system: You are a helpful assistant.
user:
Analyze the provided spectrum to determine if it is a **White Dwarf (WD)**.

A White Dwarf spectrum is defined by its **extreme purity** (due to gravitational settling) and/or **extreme pressure broadening** (due to high surface gravity). You must check for one of the following mutually exclusive signatures:

- **Key Visual Indicators (Check for ONE of these types):**

    - **1. DA-Type Signature (Most Common):**
        - **(Primary Feature):** Extreme pressure broadening (Stark broadening) of the **Hydrogen (H) Balmer lines**.
        - **(Key Lines):** $H\beta$ (approx. $4861$ Å) and $H\gamma$ (approx. $4340$ Å). $H\alpha$ (approx. $6563$ Å) will also be present if the wavelength range covers it.
        - **(Line Profile):** This is the **defining feature**. The lines are **NOT** sharp. They appear as massive, **extremely broad and deep "troughs" or "dips"** in the spectrum, often hundreds of Ångströms wide. The continuum will appear to "scoop" down at these wavelengths.
        - **(Distinction):** Normal A-type or B-type stars have *narrow* and *sharp* Hydrogen lines. A DA White Dwarf's lines are unmistakably "smeared" or "blurry" from pressure.

    - **2. DB-Type Signature:**
        - **(Primary Feature):** Broad absorption lines from **Neutral Helium (He I)**. The spectrum must lack any visible Hydrogen lines.
        - **(Key Lines):** Look for broad absorption near $4471$ Å, $4921$ Å, and $5876$ Å.
        - **(Line Profile):** These lines are also significantly pressure-broadened, appearing much wider than they would in a normal B-type main-sequence star.

    - **3. DC-Type Signature:**
        - **(Primary Feature):** A **featureless continuous spectrum**.
        - **(Line Profile):** The spectrum is a smooth curve with **no significant absorption or emission lines**.
        - **(Key Confirmation):** The continuum is almost always **blue or white**, indicating a hot object. This signature implies the atmosphere is so pure (or so cool) that no spectral lines are visible in the optical range. Its WD identity is confirmed by its extremely low intrinsic brightness (high absolute magnitude).

    - **4. DZ-Type Signature (Metal-Polluted):**
        - **(Primary Feature):** **Isolated, narrow metal absorption lines** on an otherwise featureless (DC-like) continuum.
        - **(Key Lines):** The **Calcium (Ca II) H & K doublet** (approx. **$3934$ Å** and **$3968$ Å**) is the most common and defining feature.
        - **(Line Profile):** These lines are "out of place." They are *not* part of a "forest" of thousands of lines. This signature is evidence of recent *accretion* (pollution) from rocky debris.
        - **(Distinction):** Normal G/K/M stars have a *dense forest* of thousands of metal lines. A DZ has a *clean* continuum with *only a few* strong metal lines.

    - **5. DQ-Type Signature (Carbon-Polluted):**
        - **(Primary Feature):** Absorption bands from **Carbon (C₂ "Swan Bands" or atomic C I)**.
        - **(Key Lines - C₂):** Look for bandheads with a "saw-tooth" shape near $5635$ Å, **$5165$ Å** (strongest), and $4737$ Å.
        - **(Key Confirmation):** The underlying **continuum must be blue or white** (hot).
        - **(Distinction):** This is the critical difference from a **Carbon Star**, which has the *exact same* C₂ bands but on an extremely **red, cool** continuum.

- **(Overall Spectrum):**
    - The continuum (overall shape) is typically **blue-sloping** (brighter in the blue than the red), as most white dwarfs are very hot.
    - The spectrum will look "pure" or "simple," dominated by only *one* of the five signatures listed above.

Think first, call **spectral_visualization_tool** if needed to examine features in detail, then provide your final answer. Your response must adhere to the following strict rules:
1.  **Overall Structure:** Your response must follow the format `<think>...</think> <tool_call>...</tool_call> (if a tool is used) <answer>...</answer>`.
2.  **Tool Usage Constraint:** You may only make **one** tool call per turn.
3.  **Final Answer Format:** In the `<answer>` tag, your conclusion must be inside a `\boxed{}` command (e.g., `\boxed{YES}` or `\boxed{NO}`), followed by your justification.

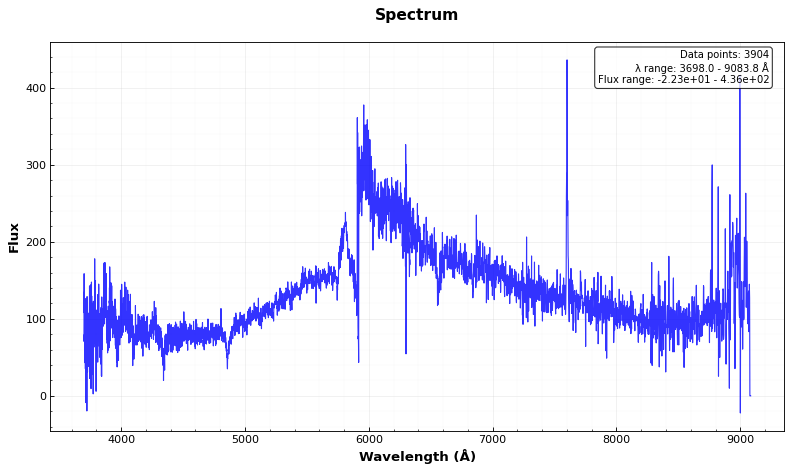
Answer: YES